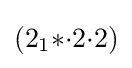
(2_{1}{*}{\cdot }2{\cdot }2)